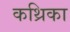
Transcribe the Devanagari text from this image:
कथ्रिका